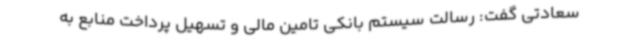
سعادتی گفت: رسالت سیستم بانکی تامین مالی و تسهیل پرداخت منابع به